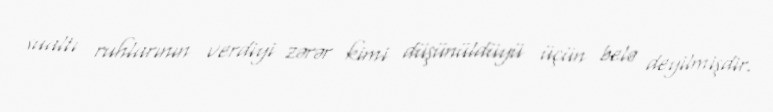
sualtı ruhlarının verdiyi zərər kimi düşünüldüyü üçün belə deyilmişdir.